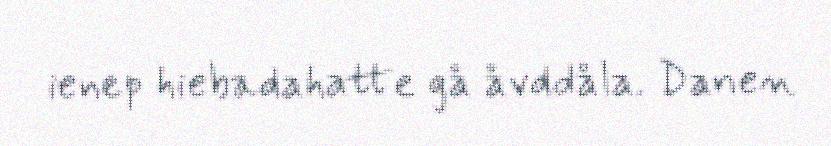
ienep hiebadahatte gå åvddåla. Danen